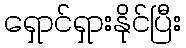
ရှောင်ရှားနိုင်ပြီး